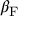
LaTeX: \beta _ { \mathrm { F } }